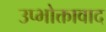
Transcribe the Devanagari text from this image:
उप्भोक्तावाद